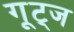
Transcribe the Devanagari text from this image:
गूट्ज